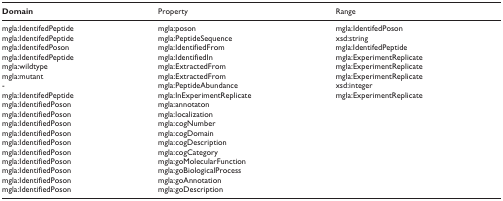
<table><thead><tr><td><b>Domain</b></td><td><b>Property</b></td><td><b>Range</b></td></tr></thead><tbody><tr><td>mgla:IdentifedPeptide</td><td>mgla:poson</td><td>mgla:IdentifedPoson</td></tr><tr><td>mgla:IdentifedPeptide</td><td>mgla:PeptideSequence</td><td>xsd:string</td></tr><tr><td>mgla:IdentifedPoson</td><td>mgla:IdentifiedFrom</td><td>mgla:IdentifedPeptide</td></tr><tr><td>mgla:IdentifedPeptide</td><td>mgla:IdentifiedIn</td><td>mgla:ExperimentReplicate</td></tr><tr><td>mgla:wildtype</td><td>mgla:ExtractedFrom</td><td>mgla:ExperimentReplicate</td></tr><tr><td>mgla:mutant</td><td>mgla:ExtractedFrom</td><td>mgla:ExperimentReplicate</td></tr><tr><td>-</td><td>mgla:PeptideAbundance</td><td>xsd:integer</td></tr><tr><td>mgla:IdentifedPeptide</td><td>mgla:InExperimentReplicate</td><td>mgla:ExperimentReplicate</td></tr><tr><td>mgla:IdentifiedPoson</td><td>mgla:annotaton</td><td></td></tr><tr><td>mgla:IdentifiedPoson</td><td>mgla:localization</td><td></td></tr><tr><td>mgla:IdentifiedPoson</td><td>mgla:cogNumber</td><td></td></tr><tr><td>mgla:IdentifiedPoson</td><td>mgla:cogDomain</td><td></td></tr><tr><td>mgla:IdentifiedPoson</td><td>mgla:cogDescription</td><td></td></tr><tr><td>mgla:IdentifiedPoson</td><td>mgla:cogCategory</td><td></td></tr><tr><td>mgla:IdentifiedPoson</td><td>mgla:goMolecularFunction</td><td></td></tr><tr><td>mgla:IdentifiedPoson</td><td>mgla:goBiologicalProcess</td><td></td></tr><tr><td>mgla:IdentifiedPoson</td><td>mgla:goAnnotation</td><td></td></tr><tr><td>mgla:IdentifiedPoson</td><td>mgla:goDescription</td><td></td></tr></tbody></table>